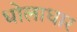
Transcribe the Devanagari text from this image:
धोलाधार